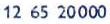
12 65 20000